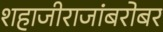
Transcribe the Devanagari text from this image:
शहाजीराजांबरोबर